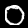
Label: 0